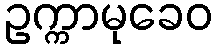
ဥက္ကာမုခေဝ